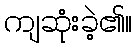
ကျဆုံးခဲ့၏။